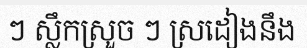
ៗ ស្លឹកស្រួច ៗ ស្រដៀងនឹង